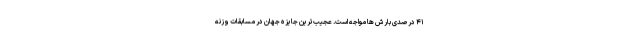
۴۱ درصدی بارش ها مواجه است. عجیب‌ترین جایزه جهان در مسابقات وزنه‌